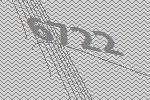
6722